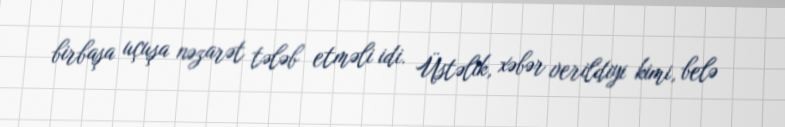
birbaşa uçuşa nəzarət tələb etməli idi. Üstəlik, xəbər verildiyi kimi, belə